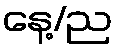
နေ့/ည